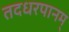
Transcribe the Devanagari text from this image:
तदधरपानम्